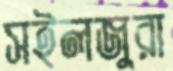
সইলজুরা